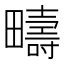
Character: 疇